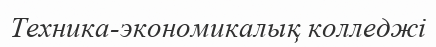
Техника-экономикалық колледжі